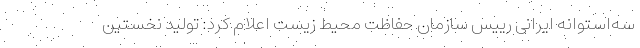
سه‌استوانه ایرانی رییس سازمان حفاظت محیط زیست اعلام کرد: تولید نخستین